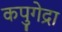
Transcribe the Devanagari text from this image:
कपुगेद्रा